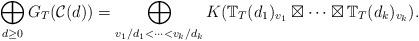
LaTeX: \begin{align*}\bigoplus_{d\geq 0} G_T(\mathcal{C}(d))=\bigoplus_{v_1/d_1<\cdots<v_k/d_k}K(\mathbb{T}_T(d_1)_{v_1} \boxtimes \cdots \boxtimes \mathbb{T}_T(d_k)_{v_k}). \end{align*}